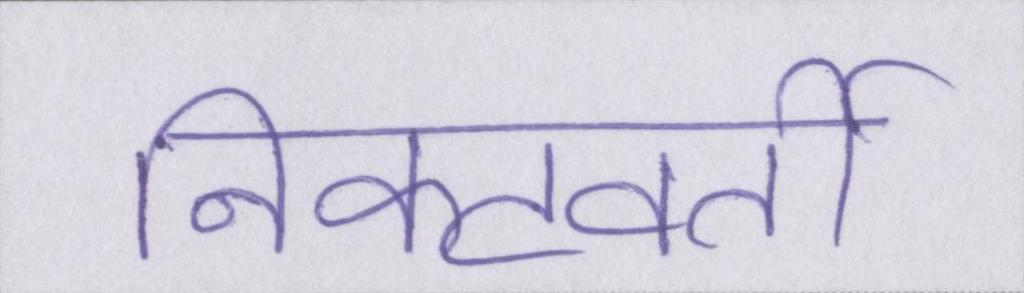
निकटवर्ती